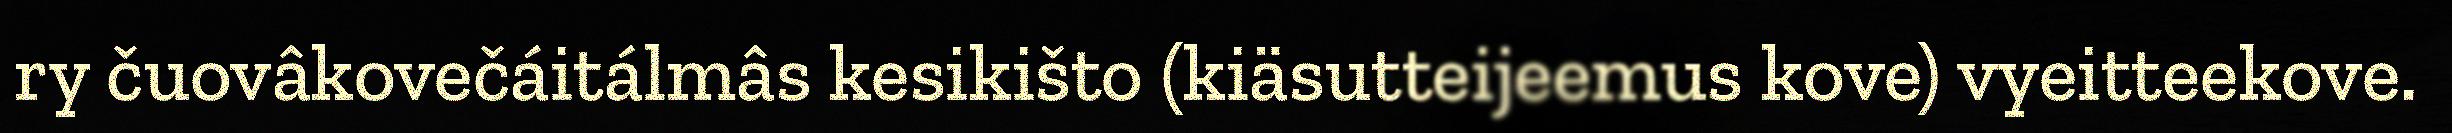
ry čuovâkovečáitálmâs kesikišto (kiäsutteijeemus kove) vyeitteekove.